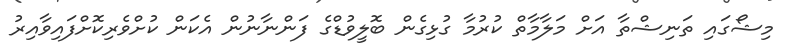
މިޝޯގައި ތަނިޝްތާ އަށް މަލާމާތް ކުރުމާ ގުޅިގެން ބޮލީވުޑްގެ ފަންނާނުން އެކަން ކުށްވެރިކޮށްފައިވާއިރު